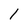
Character: 1